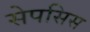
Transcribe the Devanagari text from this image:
सेपसिस